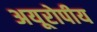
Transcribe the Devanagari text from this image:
अयूरोपीय